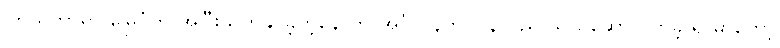
ကြယ်တာရာ မြေပုံကို အပြီးသတ်နိုင်ခဲ့တဲ့နောက် အင်္ဂလန်ကို ပြန်လည် သယ်ဆောင်လာခဲ့ ရာမှာတော့